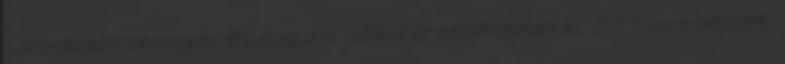
szén-dioxid befagyás és dugulás nélkül áramolhasson ki. 2.7. Szerelvények,